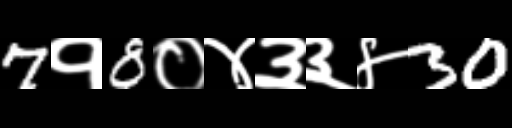
Text: 7१8०४३३४30